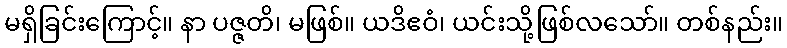
မရှိခြင်းကြောင့်။ နာ ပဇ္ဇတိ၊ မဖြစ်။ ယဒိဧဝံ၊ ယင်းသို့ဖြစ်လသော်။ တစ်နည်း။